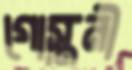
গোস্তনী